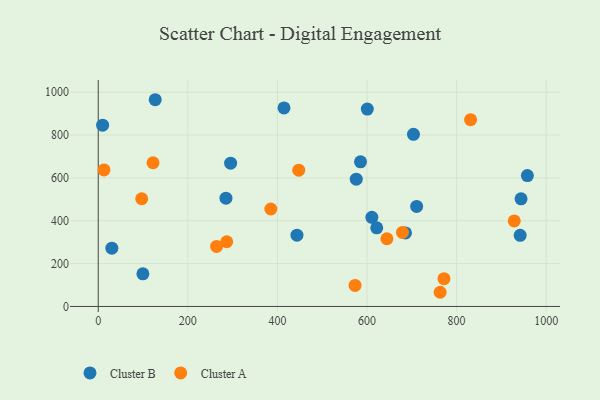
{"axis": {"x": "Study Hours", "y": "Rating"}, "legend": ["Cluster A", "Cluster B"], "data": [{"x": "621.7", "y": 367.1, "type": "Cluster B"}, {"x": "443.6", "y": 332.5, "type": "Cluster B"}, {"x": "941.9", "y": 331.9, "type": "Cluster B"}, {"x": "610.8", "y": 416.1, "type": "Cluster B"}, {"x": "9.8", "y": 846.3, "type": "Cluster B"}, {"x": "414.7", "y": 926.5, "type": "Cluster B"}, {"x": "285.1", "y": 505.6, "type": "Cluster B"}, {"x": "703.7", "y": 803.2, "type": "Cluster B"}, {"x": "943.9", "y": 502.4, "type": "Cluster B"}, {"x": "127.2", "y": 964.9, "type": "Cluster B"}, {"x": "958.0", "y": 611.0, "type": "Cluster B"}, {"x": "585.5", "y": 675.1, "type": "Cluster B"}, {"x": "576.0", "y": 594.0, "type": "Cluster B"}, {"x": "295.5", "y": 668.8, "type": "Cluster B"}, {"x": "99.7", "y": 152.2, "type": "Cluster B"}, {"x": "30.4", "y": 272.2, "type": "Cluster B"}, {"x": "600.7", "y": 921.1, "type": "Cluster B"}, {"x": "710.8", "y": 467.0, "type": "Cluster B"}, {"x": "685.9", "y": 343.4, "type": "Cluster B"}, {"x": "679.1", "y": 345.7, "type": "Cluster A"}, {"x": "286.8", "y": 302.1, "type": "Cluster A"}, {"x": "122.3", "y": 670.7, "type": "Cluster A"}, {"x": "831.2", "y": 872.0, "type": "Cluster A"}, {"x": "12.9", "y": 637.3, "type": "Cluster A"}, {"x": "928.7", "y": 399.0, "type": "Cluster A"}, {"x": "763.3", "y": 66.2, "type": "Cluster A"}, {"x": "771.8", "y": 129.6, "type": "Cluster A"}, {"x": "97.0", "y": 502.8, "type": "Cluster A"}, {"x": "385.3", "y": 454.9, "type": "Cluster A"}, {"x": "573.3", "y": 98.1, "type": "Cluster A"}, {"x": "264.2", "y": 280.0, "type": "Cluster A"}, {"x": "644.4", "y": 316.0, "type": "Cluster A"}, {"x": "447.6", "y": 636.1, "type": "Cluster A"}]}